Indian journal of veterinary science and animal husbandry - Volumes 22-23, 1952-1953
Year: 1952
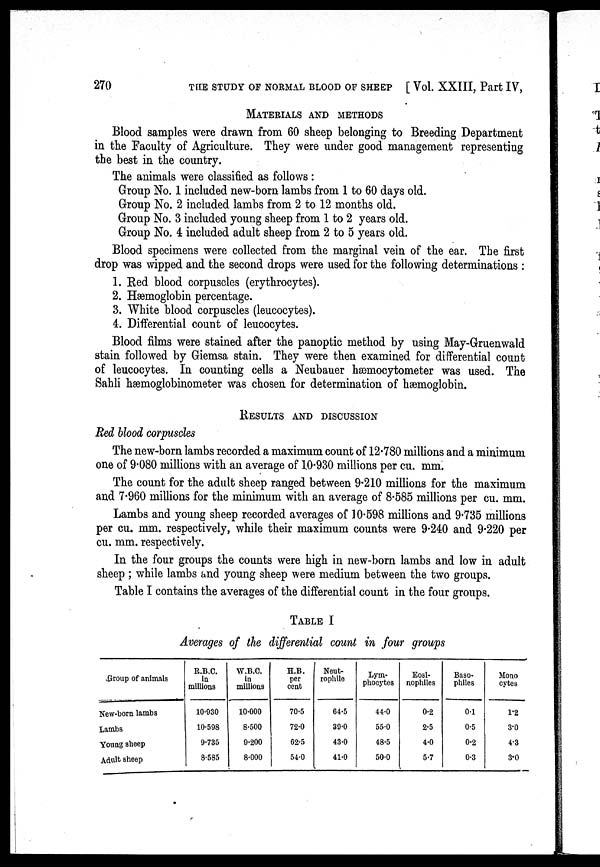
270
THE
STUDY OF NORMAL BLOOD OF SHEEP [Vol. XXIII, Part IV,
MATERIALS AND METHODS
Blood samples were drawn from 60 sheep belonging to Breeding Department
in the Faculty of Agriculture. They were under good management representing
the best in the country.
The animals were classified as follows:
Group No. 1 included new-born lambs from 1 to 60 days old
Group No. 2 included lambs from 2 to 12 months old.
Group No. 3 included young sheep from 1 to 2 years old.
Group No. 4 included adult sheep from 2 to 5 years old.
Blood specimens were collected from the marginal vein of the ear. The first
drop was wipped and the second drops were used for the following determinations:
1. Red blood corpuscles (erythrocytes).
2. Hæmoglobin percentage.
3. White blood corpuscles (leucocytes).
4. Differential count of leucocytes.
Blood films were stained after the panoptic method by using May-Gruenwald
stain followed by Giemsa stain. They were then examined for differential count
of leucocytes. In counting cells a Neubauer hæmocytometer was used. The
Sahli hæmoglobinometer was chosen for determination of hæmoglobin.
RESULTS AND DISCUSSION
Red blood corpuscles
The new-born lambs recorded a maximum count of 12.780 millions and a minimum
one of 9.080 millions with an average of 10.930 millions per cu. mm.
The count for the adult sheep ranged between 9.210 millions for the maximum
and 7.960 millions for the minimum with an average of 8.585 millions per cu. mm.
Lambs and young sheep recorded averages of 10.598 millions and 9.735 millions
per cu. mm. respectively, while their maximum counts were 9.240 and 9.220 per
cu. mm. respectively.
In the four groups the counts were high in new-born lambs and low in adult
sheep; while lambs and young sheep were medium between the two groups.
Table I contains the averages of the differential count in the four groups.
TABLE I
Averages of the differential count in four groups
Group of animals
New-born lambs
Lambs
Young sheep
Adult sheep
R.B.C.
in
millions
10.930
10.598
9.735
8.585
W.B.C.
in
millions
10.000
8.500
9.200
8.000
H.B.
per
cent
70.5
72.0
62.5
54.0
Neut¬
rophile
64.5
39.0
43.0
41.0
Lym-
phocytes
44.0
55.0
48.5
50.0
Eosi¬
nophiles
0.2
2.5
4.0
5.7
Baso-
philes
0.1
0.5
0.2
0.3
Mono
cytes
1.2
3.0
4.3
3.0